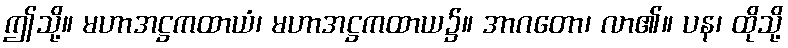
ဤသို့။ မဟာအဋ္ဌကထာယံ၊ မဟာအဋ္ဌကထာယ၌။ အာဂတော၊ လာ၏။ ပန၊ ထိုသို့